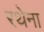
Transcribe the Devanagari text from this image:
रथेना